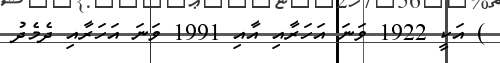
) އަކީ 1922 ވަނަ އަހަރާއި އާއި 1991 ވަނަ އަހަރާއި ދެމެދު